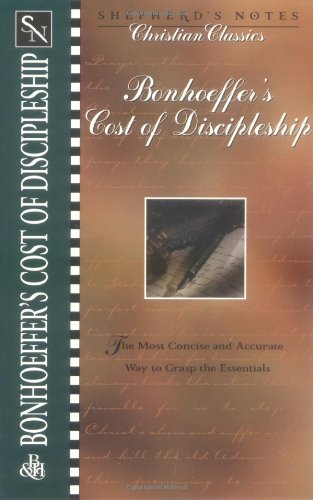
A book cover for Bonhoeffer's the Cost of Discipleship (Shepherd's Notes. Christian Classics); Christian Books & Bibles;